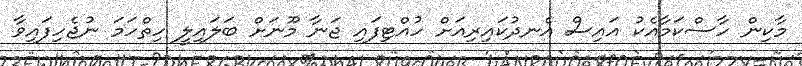
މާކިން ހާސްކަމާއެކު އައިސް އެނދުކައިރިއަށް ހުއްޓިފައި ޖަނާ މޫނަށް ބަލައިލީ ހިތްހަމަ ނުޖެހިފައިވާ